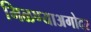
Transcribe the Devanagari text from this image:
मिळण्याअगोदर